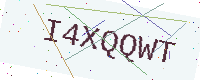
Text: I4XQQWT